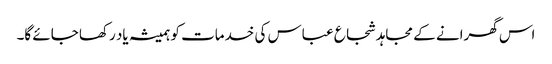
اس گھرانے کے مجاہد شجاع عباس کی خدمات کو ہمیشہ یاد رکھا جائے گا۔